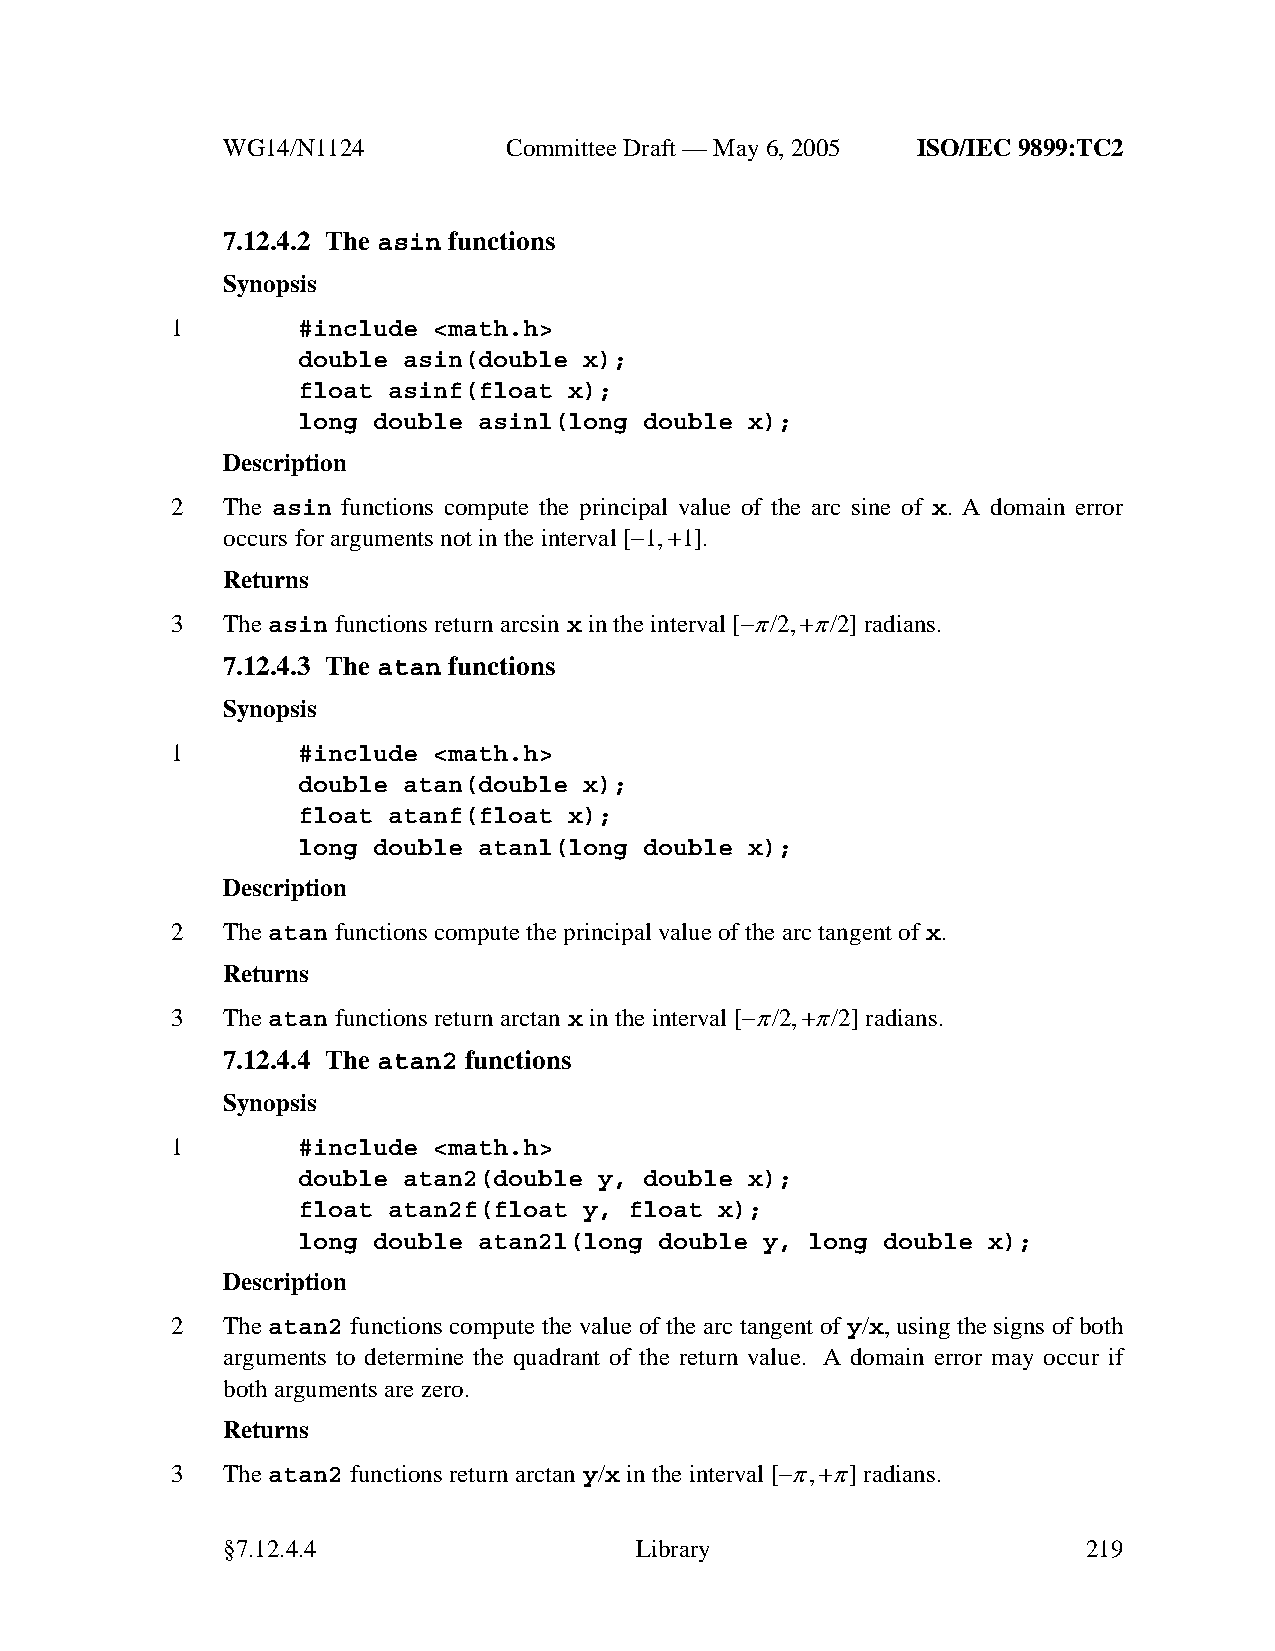
WG14/N1124        CommitteeDraft — May 6, 2005 ISO/IEC 9899:TC2
 7.12.4.2 The asin functions
 Synopsis
 1        #include <math.h>
 double asin(double x);
 float asinf(float x);
 long double asinl(long double x);
 Description
 2   The asin functions compute the principal value of the arc sine of x. A domain error
 occurs for arguments not in the interval [−1,+1].
 Returns
 3   Theasin functions return arcsin x in the interval [−π/2,+π/2] radians.
 7.12.4.3 The atan functions
 Synopsis
 1        #include <math.h>
 double atan(double x);
 float atanf(float x);
 long double atanl(long double x);
 Description
 2   Theatan functions compute the principal value of the arc tangent of x.
 Returns
 3   Theatan functions return arctan x in the interval [−π/2,+π/2] radians.
 7.12.4.4 The atan2 functions
 Synopsis
 1        #include <math.h>
 double atan2(double y, double x);
 float atan2f(float y, float x);
 long double atan2l(long double y, long double x);
 Description
 2   The atan2 functions compute the value of the arc tangent of y/x, using the signs of both
 arguments to determine the quadrant of the return value. A domain error may occur if
 both arguments are zero.
 Returns
 3   Theatan2 functions return arctan y/x in the interval [−π,+π]radians.
 §7.12.4.4                  Library                       219